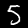
Label: 5